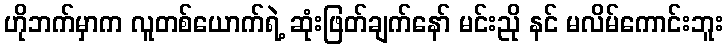
ဟိုဘက်မှာက လူတစ်ယောက်ရဲ့ ဆုံးဖြတ်ချက်နော် မင်းညို နင် မလိမ်ကောင်းဘူး